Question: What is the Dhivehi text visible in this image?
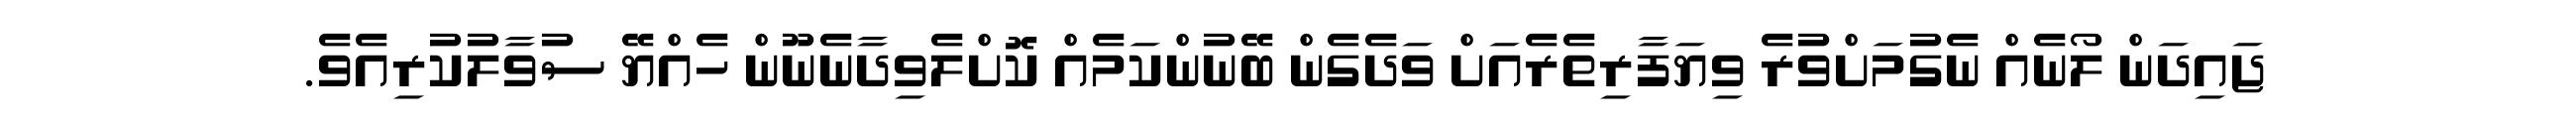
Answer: ޖައިދަން ލޯނެއް ނެގުމަށްވުރެ ވިޔަފާރިތެރެއަށް ވަދެގެން ބޭނުންކަމެއް ކޮށްލެވިދާނެނޫން ހެއްޔޭ ސުވާލުކުރިއެވެ.